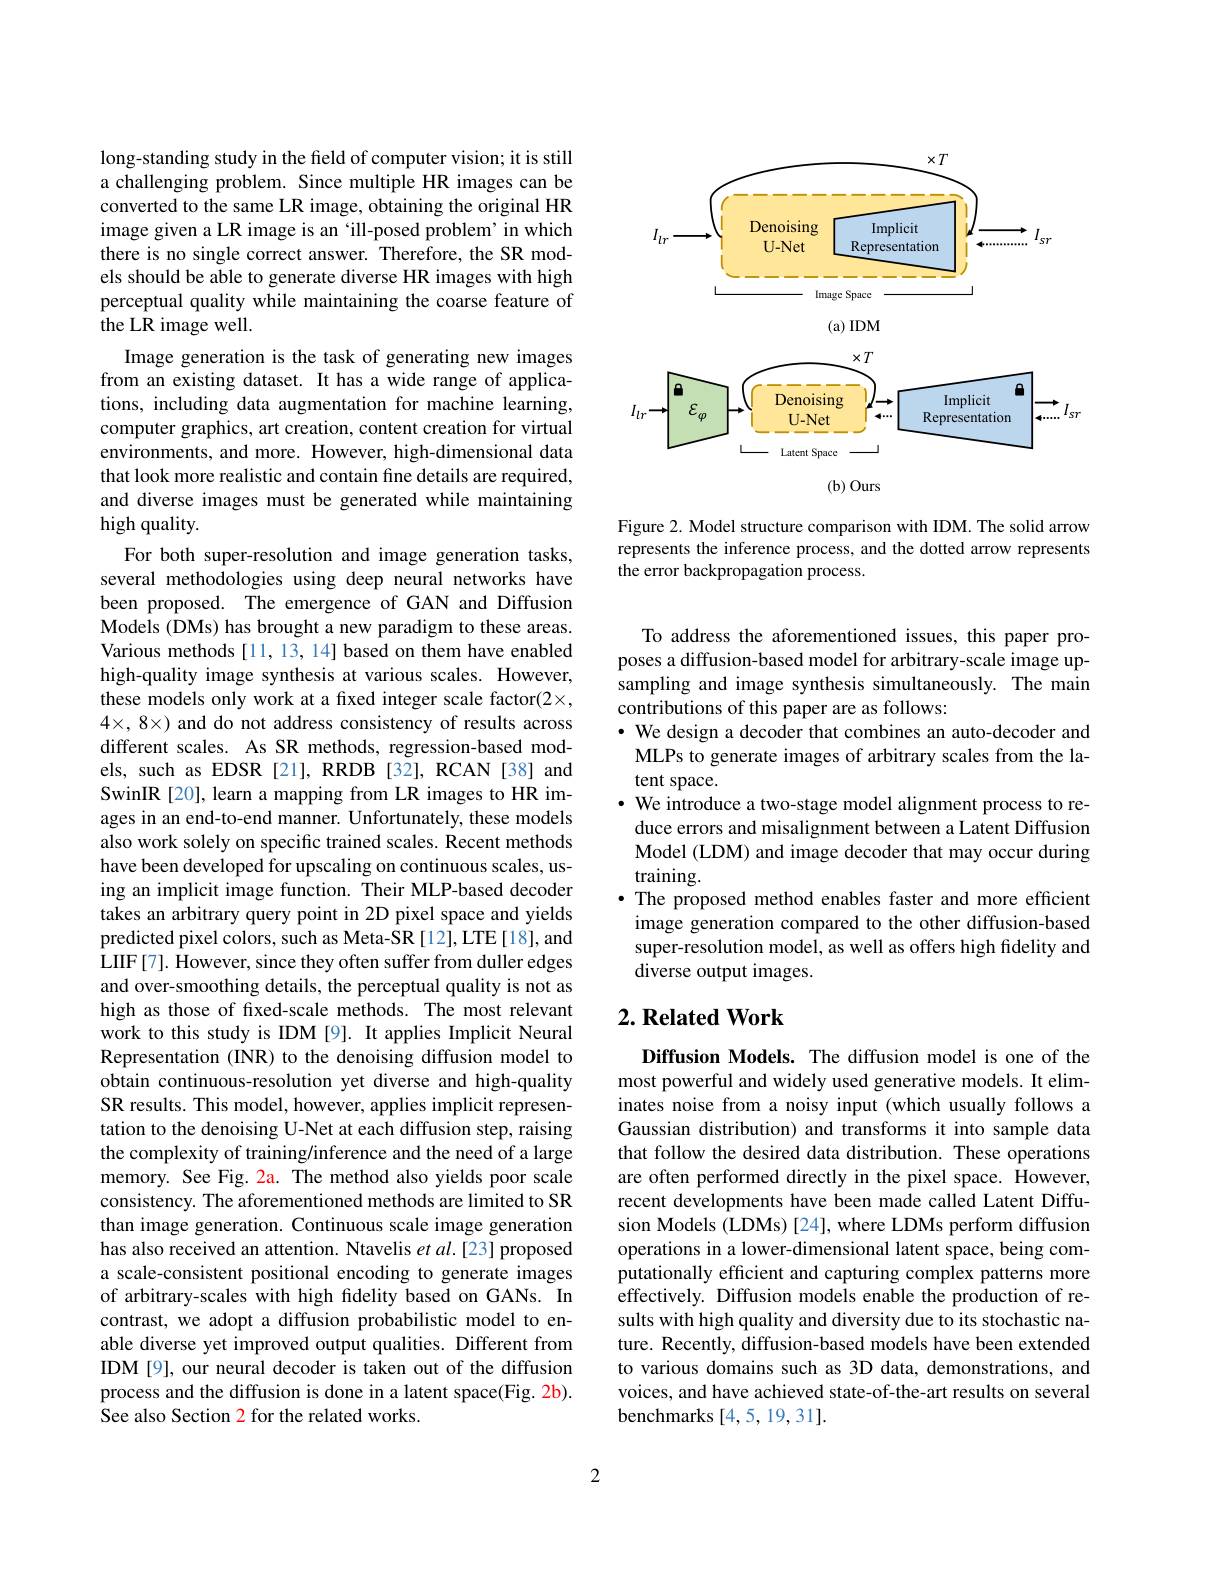
long-standing study in the field of computer vision; it is still a challenging problem. Since multiple HR images can be converted to the same LR image, obtaining the original HR image given a LR image is an ‘ill-posed problem’in which there is no single correct answer. Therefore, the SR models should be able to generate diverse HR images with high perceptual quality while maintaining the coarse feature of the LR image well.
Image generation is the task of generating new images from an existing dataset. It has a wide range of applications, including data augmentation for machine learning, computer graphics, art creation, content creation for virtual environments, and more. However, high-dimensional data that look more realistic and contain fine details are required, and diverse images must be generated while maintaining high quality.
For both super-resolution and image generation tasks, several methodologies using deep neural networks have been proposed. The emergence of GAN and Diffusion Models (DMs) has brought a new paradigm to these areas. Various methods[11,13,14] based on them have enabled high-quality image synthesis at various scales. However, these models only work at a fixed integer scale factor(2×, $4\times, 8\times) and do not address consistency of results across$ different scales. As SR methods, regression-based models, such as EDSR [21], RRDB [32], RCAN [38] and SwinIR[20], learn a mapping from LR images to HR images in an end-to-end manner. Unfortunately, these models also work solely on specific trained scales. Recent methods have been developed for upscaling on continuous scales, using an implicit image function. Their MLP-based decoder takes an arbitrary query point in 2D pixel space and yields predicted pixel colors, such as Meta-SR [12], LTE [18], and LIIF[7]. However, since they often suffer from duller edges and over-smoothing details, the perceptual quality is not as high as those of fxed-scale methods. The most relevant work to this study is IDM [9]. It applies Implicit Neural Representation (INR) to the denoising diffusion model to obtain continuous-resolution yet diverse and high-quality SR results. This model, however, applies implicit representation to the denoising U-Net at each diffusion step, raising the complexity of training/inference and the need of a large memory. See Fig. 2a. The method also yields poor scale consistency. The aforementioned methods are limited to SR than image generation. Continuous scale image generation has also received an attention. Ntavelis et al.[23] proposed a scale-consistent positional encoding to generate images of arbitrary-scales with high fidelity based on GANs. In contrast, we adopt a diffusion probabilistic model to enable diverse yet improved output qualities. Different from IDM [9], our neural decoder is taken out of the diffusion process and the diffusion is done in a latent space(Fig. 2b). See also Section 2 for the related works.

<FigureHere>

Figure 2. Model structure comparison with IDM. The solid arrow represents the inference process, and the dotted arrow represents the error backpropagation process.

To address the aforementioned issues, this paper proposes a diffusion-based model for arbitrary-scale image upsampling and image synthesis simultaneously. The main contributions of this paper are as follows:
· We design a decoder that combines an auto-decoder and
MLPs to generate images of arbitrary scales from the la-
tent space.
$\cdot\hat{\text{ We introduce a two-stage model alignment process to re-}}$
duce errors and misalignment between a Latent Diffusion Model (LDM) and image decoder that may occur during training.
·The proposed method enables faster and more efficient image generation compared to the other diffusion-based super-resolution model, as well as offers high fidelity and diverse output images.

## $2. \textbf{ Related Work}$

Diffusion Models. The diffusion model is one of the most powerful and widely used generative models. It eliminates noise from a noisy input (which usually follows a Gaussian distribution) and transforms it into sample data that follow the desired data distribution. These operations are often performed directly in the pixel space. However, recent developments have been made called Latent Diffusion Models (LDMs) [24], where LDMs perform diffusion operations in a lower-dimensional latent space, being computationally efficient and capturing complex patterns more effectively. Diffusion models enable the production of results with high quality and diversity due to its stochastic nature. Recently, diffusion-based models have been extended to various domains such as 3D data, demonstrations, and voices, and have achieved state-of-the-art results on several benchmarks [4,5,19,31].

2